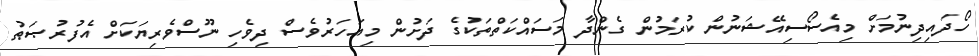
ހޯދައިދިނުމަށް މިއެސޯސިއޭޝަނުން ކުރަމުން ގެންދާ މަސައްކަތްތަކުގެ ދަށުން މިއަހަރުވެސް ދިވެހި ނޫސްވެރިޔަކަށް އެފުރުޞަޠު